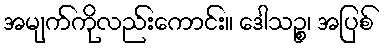
အမျက်ကိုလည်းကောင်း။ ဒေါသဉ္စ၊ အပြစ်